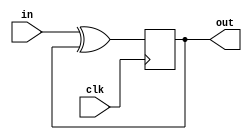
module top_module (
    input clk,
    input in, 
    output out);
    
    wire w1;
    
    xor xo (w1, in, out);
    
    always @(posedge clk) out <= w1;

endmodule